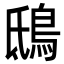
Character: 鴟